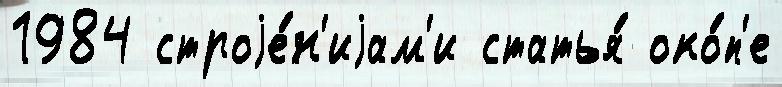
1984 строjе́н'иjам'и статья́ око́п'е